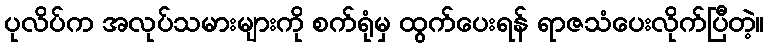
ပုလိပ်က အလုပ်သမားများကို စက်ရုံမှ ထွက်ပေးရန် ရာဇသံပေးလိုက်ပြီတဲ့။